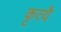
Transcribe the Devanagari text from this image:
कृत्यै